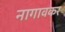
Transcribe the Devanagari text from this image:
नागावकर